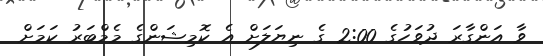
ވާ އަންގާރަ ދުވަހުގެ 2:00 ގެ ނިޔަލަށް އެ ކޮމިޝަންގެ މެމްބަރު ކަމަށް